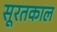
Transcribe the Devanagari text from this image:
सूरतकाल